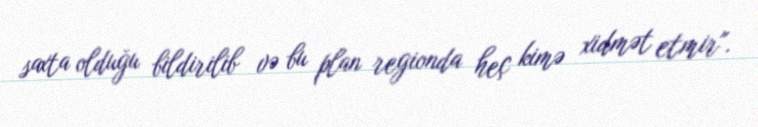
saxta olduğu bildirilib və bu plan regionda heç kimə xidmət etmir".